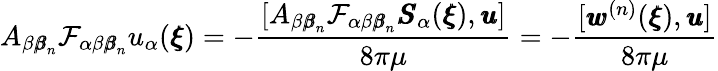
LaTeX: A_{\beta{\pmb\beta}_{n}}\mathcal{F}_{\alpha\beta{\pmb\beta}_{n}}u_{\alpha}({\pmb\xi})=-\frac{[A_{\beta{\pmb\beta}_{n}}\mathcal{F}_{\alpha\beta{\pmb\beta}_{n}}{\pmb S}_{\alpha}({\pmb\xi}),{\pmb u}]}{8\pi\mu}=-\frac{[{\pmb w}^{(n)}({\pmb\xi}),{\pmb u}]}{8\pi\mu}